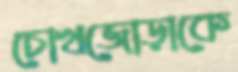
চোখজোড়াকে